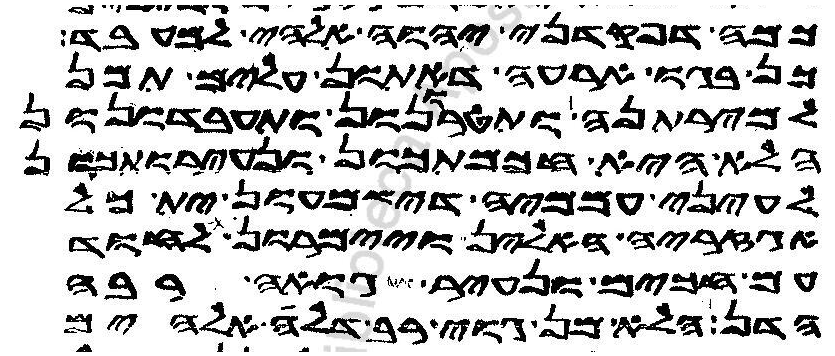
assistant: כמה דפקדני יהוה אלהי למעבד
כן בגו ארעה דאתון עלים תמן
למירתנה ותטרונון ותעבדונון
הלא היא חכמתכון ונעירותכון
לעיני עממיה דישמעון ית כל
אגזריה האלין ויימרון לחוד
עם חכים ונעיר גואה רבה
הדן הלא מן גוי רב דלה אלהים